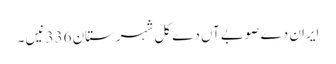
ایران دے صوبےآں دے کل شہرستان 336 نیں ۔